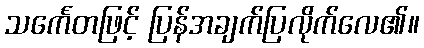
သင်္ကေတဖြင့် ပြန်အချက်ပြလိုက်လေ၏။